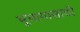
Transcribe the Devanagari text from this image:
भूभागासाठी